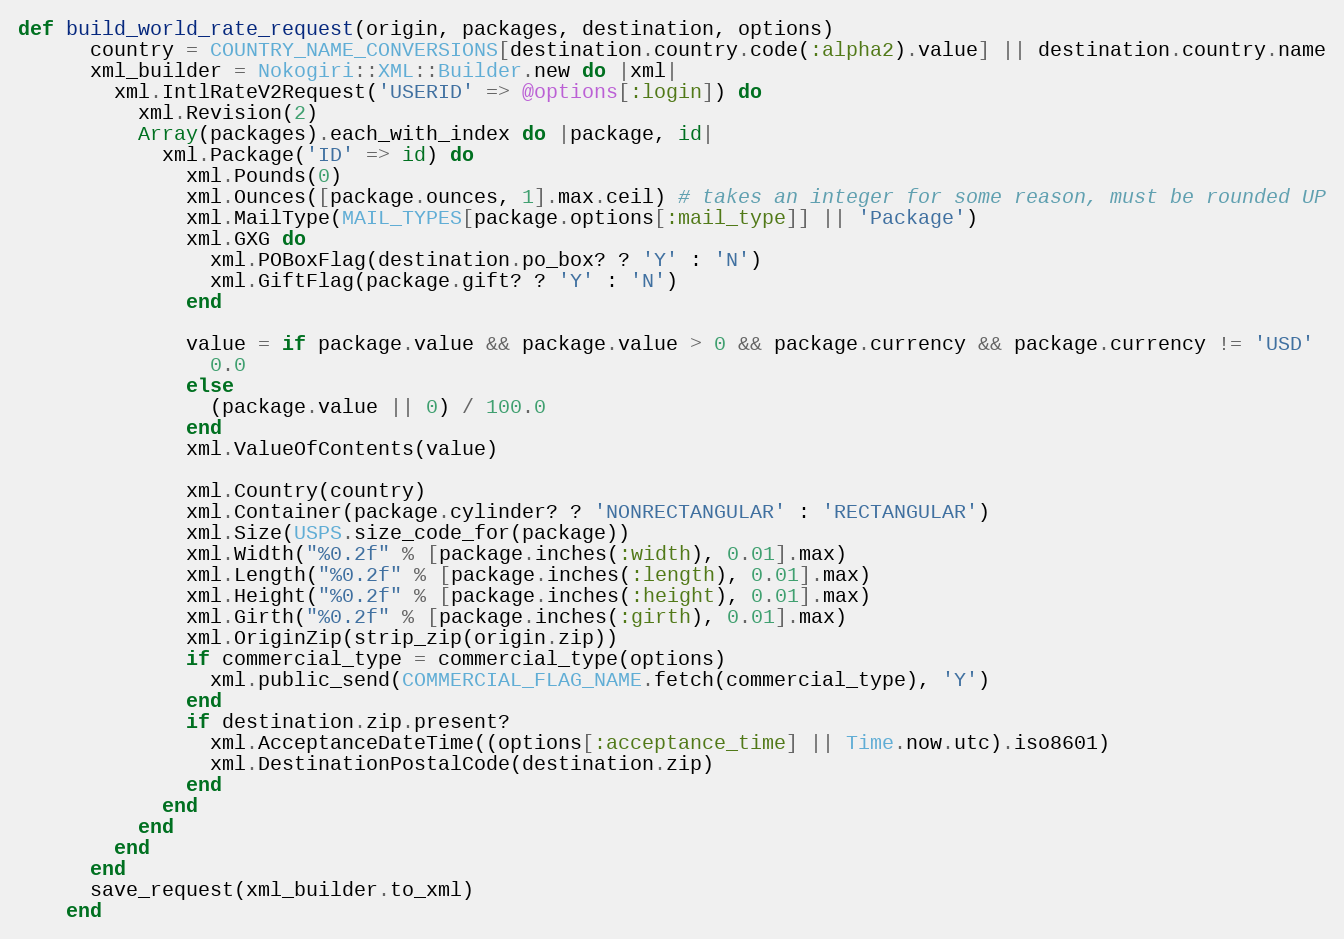
Language: Ruby
def build_world_rate_request(origin, packages, destination, options)
      country = COUNTRY_NAME_CONVERSIONS[destination.country.code(:alpha2).value] || destination.country.name
      xml_builder = Nokogiri::XML::Builder.new do |xml|
        xml.IntlRateV2Request('USERID' => @options[:login]) do
          xml.Revision(2)
          Array(packages).each_with_index do |package, id|
            xml.Package('ID' => id) do
              xml.Pounds(0)
              xml.Ounces([package.ounces, 1].max.ceil) # takes an integer for some reason, must be rounded UP
              xml.MailType(MAIL_TYPES[package.options[:mail_type]] || 'Package')
              xml.GXG do
                xml.POBoxFlag(destination.po_box? ? 'Y' : 'N')
                xml.GiftFlag(package.gift? ? 'Y' : 'N')
              end

              value = if package.value && package.value > 0 && package.currency && package.currency != 'USD'
                0.0
              else
                (package.value || 0) / 100.0
              end
              xml.ValueOfContents(value)

              xml.Country(country)
              xml.Container(package.cylinder? ? 'NONRECTANGULAR' : 'RECTANGULAR')
              xml.Size(USPS.size_code_for(package))
              xml.Width("%0.2f" % [package.inches(:width), 0.01].max)
              xml.Length("%0.2f" % [package.inches(:length), 0.01].max)
              xml.Height("%0.2f" % [package.inches(:height), 0.01].max)
              xml.Girth("%0.2f" % [package.inches(:girth), 0.01].max)
              xml.OriginZip(strip_zip(origin.zip))
              if commercial_type = commercial_type(options)
                xml.public_send(COMMERCIAL_FLAG_NAME.fetch(commercial_type), 'Y')
              end
              if destination.zip.present?
                xml.AcceptanceDateTime((options[:acceptance_time] || Time.now.utc).iso8601)
                xml.DestinationPostalCode(destination.zip)
              end
            end
          end
        end
      end
      save_request(xml_builder.to_xml)
    end